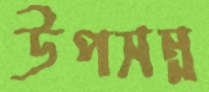
উপসন্ন